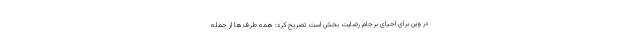
در وین برای احیای برجام رضایت بخش است تصریح کرد: همه طرف‌ها از جمله